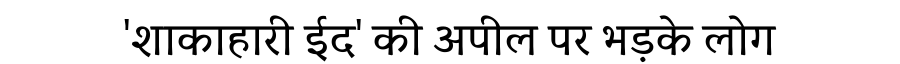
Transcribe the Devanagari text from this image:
'शाकाहारी ईद' की अपील पर भड़के लोग